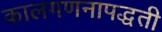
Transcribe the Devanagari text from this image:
कालगणनापद्धती